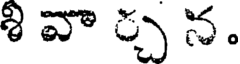
శి వా ్చ న.